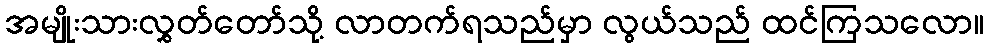
အမျိုးသားလွှတ်တော်သို့ လာတက်ရသည်မှာ လွယ်သည် ထင်ကြသလော။